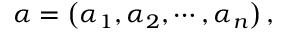
\alpha = \left( \alpha _ { 1 } , \alpha _ { 2 } , \cdots , \alpha _ { n } \right) ,